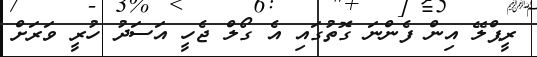
ރީޕްލޭ އިން ފެންނަ ގޮތުގައި އެ ގޯލް ޖެހީ އަސަދު ހުރީ ވަރަށް